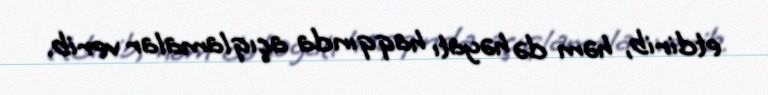
etdirib, həm də həyatı haqqında açıqlamalar verib.